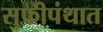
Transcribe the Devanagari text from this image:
सुफीपंथात